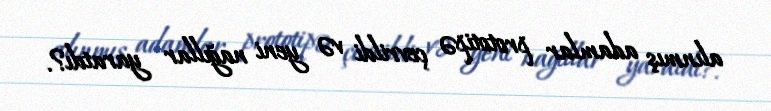
alınmış adamlar prototipə çevrildi və yeni nağıllar yaratdı?.